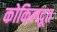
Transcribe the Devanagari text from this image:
कोकिलदूत